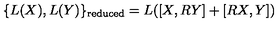
\{ L ( X ) , L ( Y ) \} _ { \mathrm { r e d u c e d } } = L ( [ X , R Y ] + [ R X , Y ] )